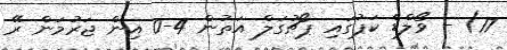
17) - ވޯލްޑް ކަޕުގައި ޕޯޗުގަލް އަތުން 4-0 އިން ޖަރުމަން ރޭ